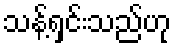
သန့်ရှင်းသည်ဟု